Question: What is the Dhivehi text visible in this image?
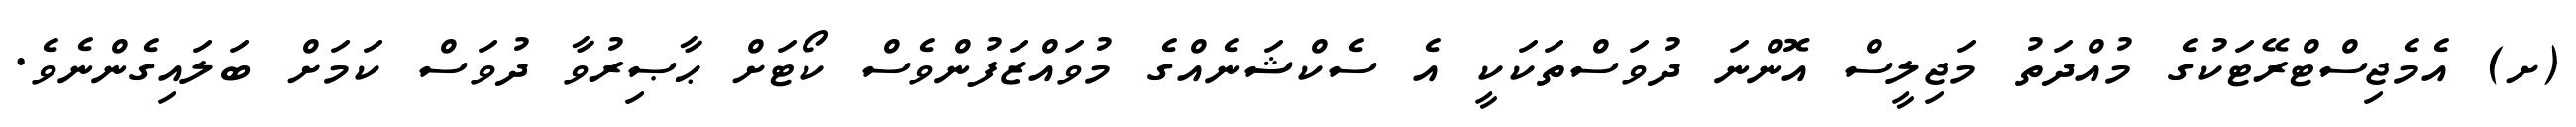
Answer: (ށ) އެމެޖިސްޓްރޭޓަކުގެ މުއްދަތު މަޖިލީސް އޮންނަ ދުވަސްތަކަކީ އެ ސެކްޝަނެއްގެ މުވައްޒަފުންވެސް ކޯޓަށް ޙާޞިރުވާ ދުވަސް ކަމަށް ބަލައިގެންނެވެ.